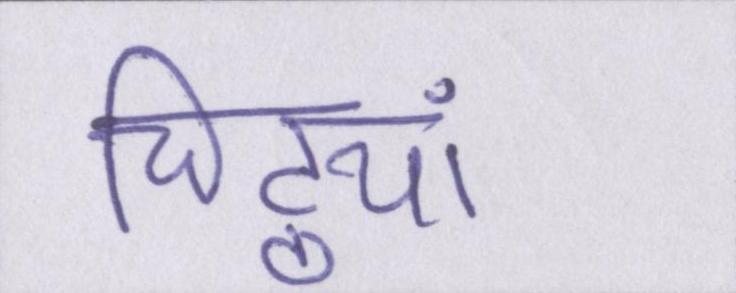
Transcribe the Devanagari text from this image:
चिट्ठयां